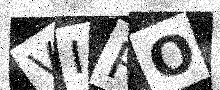
Text: VIRO